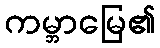
ကမ္ဘာမြေ၏